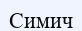
Симич